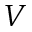
V